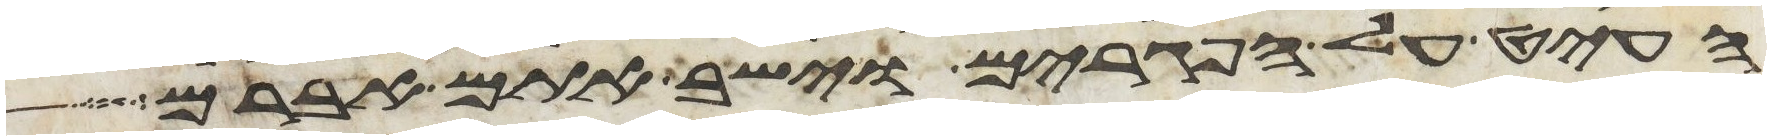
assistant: העיט על הפגרים וישב אתם אברם